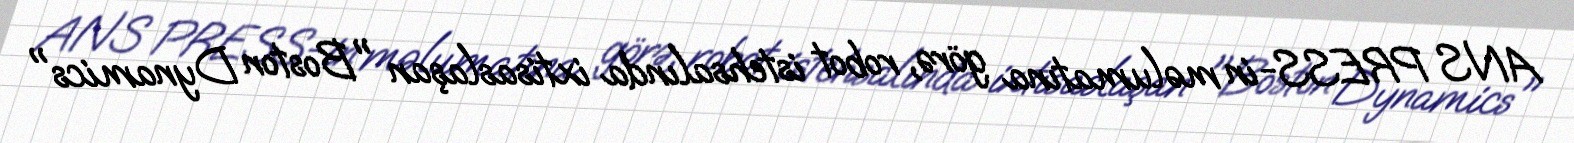
ANS PRESS-in məlumatına görə, robot istehsalında ixtisaslaşan "Boston Dynamics"